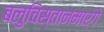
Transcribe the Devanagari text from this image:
बलुचिस्तानमार्गे